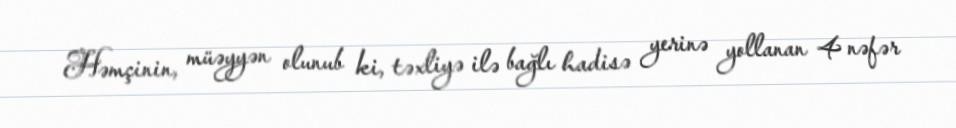
Həmçinin, müəyyən olunub ki, təxliyə ilə bağlı hadisə yerinə yollanan 4 nəfər